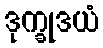
ဒုက္ခုဒယံ